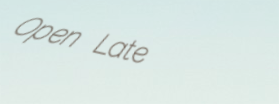
Open Late